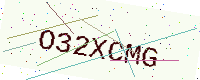
Text: O32XCMG